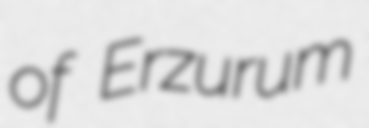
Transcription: of Erzurum